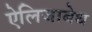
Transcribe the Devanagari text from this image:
ऐलिजाबेथ